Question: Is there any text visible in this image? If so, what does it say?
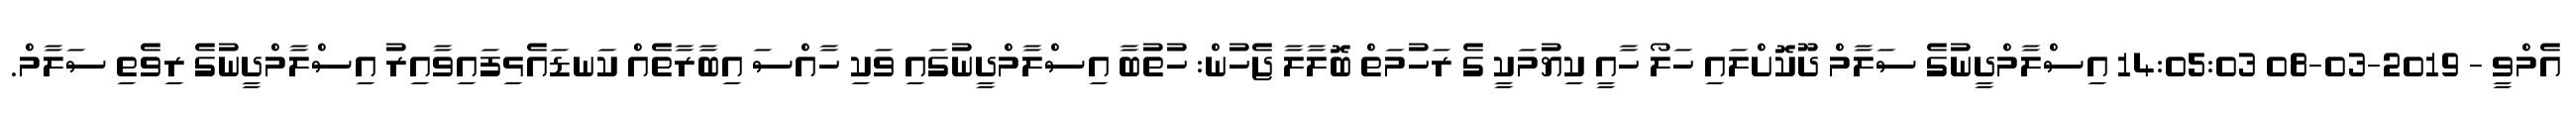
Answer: އެމްވީ - 2019-03-08 14:05:03 އިސްލާމްދީނުގެ ސަލާމް ދޫކޮށްލައި ހަލޯ ހާއީ ކިޔުމަކީ ގެ ރަހުމަތް ބޮލާލާ ޖެހުން: ހުތުބާ އިސްލާމްދީނުގައި ވަކި ހާއްސަ އިބާރާތެއް ކަނޑައެޅިފައިވާއިރު އިސްލާމްދީނުގެ ރިވެތި ސަލާމް.